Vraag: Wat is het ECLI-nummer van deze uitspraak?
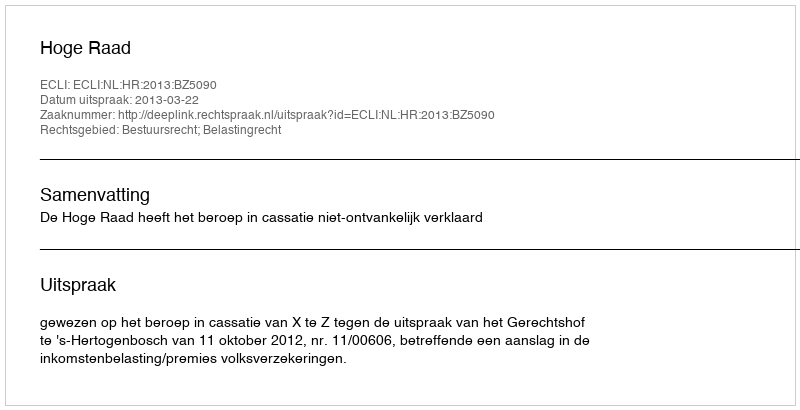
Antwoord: ECLI:NL:HR:2013:BZ5090